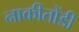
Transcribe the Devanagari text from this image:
नाकीतोंडी